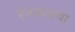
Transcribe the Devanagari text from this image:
रंजककथा